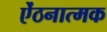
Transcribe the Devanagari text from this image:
ऐंठनात्मक